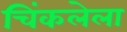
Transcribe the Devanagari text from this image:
चिंकलेला